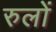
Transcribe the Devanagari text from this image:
रुलों